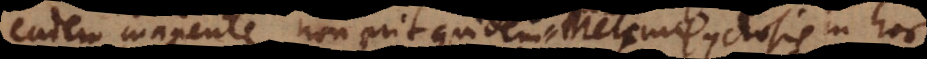
em manente, non erit quidem Metempsychosis in hoc